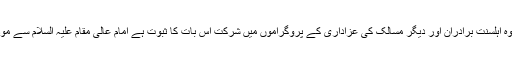
اتحاد بین المسلمین کا ذکر کرتے ہوئے ان کا کہنا تھا کہ ملت تشیع کے علاوہ اہلسنت برادران اور دیگر مسالک کی عزاداری کے پروگراموں میں شرکت اس بات کا ثبوت ہے امام عالی مقام علیہ السلام سے مودت کے اظہار میں جبر و بربریت کی کوئی کوشش رکاوٹ نہیں بن سکتی۔